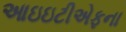
આઇઇટીએફના